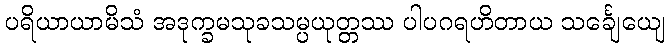
ပရိယာယာမိသံ အဒုက္ခမသုခသမ္ပယုတ္တဿ ပါပဂရဟိတာယ သင်္ချေယျေ